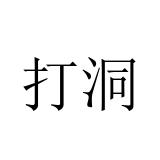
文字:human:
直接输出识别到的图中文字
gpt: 打洞